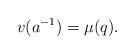
LaTeX: \begin{align*}v(a^{-1})=\mu(q).\end{align*}